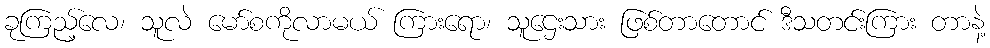
ခုကြည့်လေ၊ သူလဲ မော်စကိုလာမယ် ကြားရော၊ သူဌေးသား ဖြစ်တာတောင် ဒီသတင်းကြား တာနဲ့